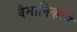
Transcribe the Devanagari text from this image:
वैमानिकांने